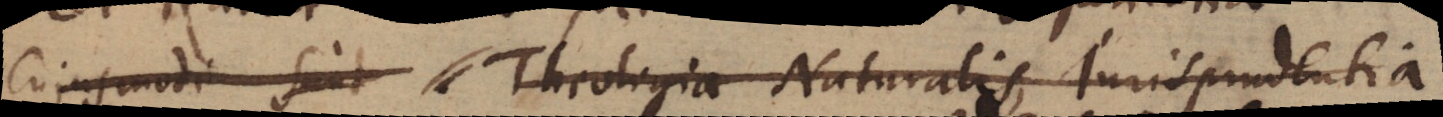
cujusmodi sunt Theologia Naturalis, Jurisprudentia